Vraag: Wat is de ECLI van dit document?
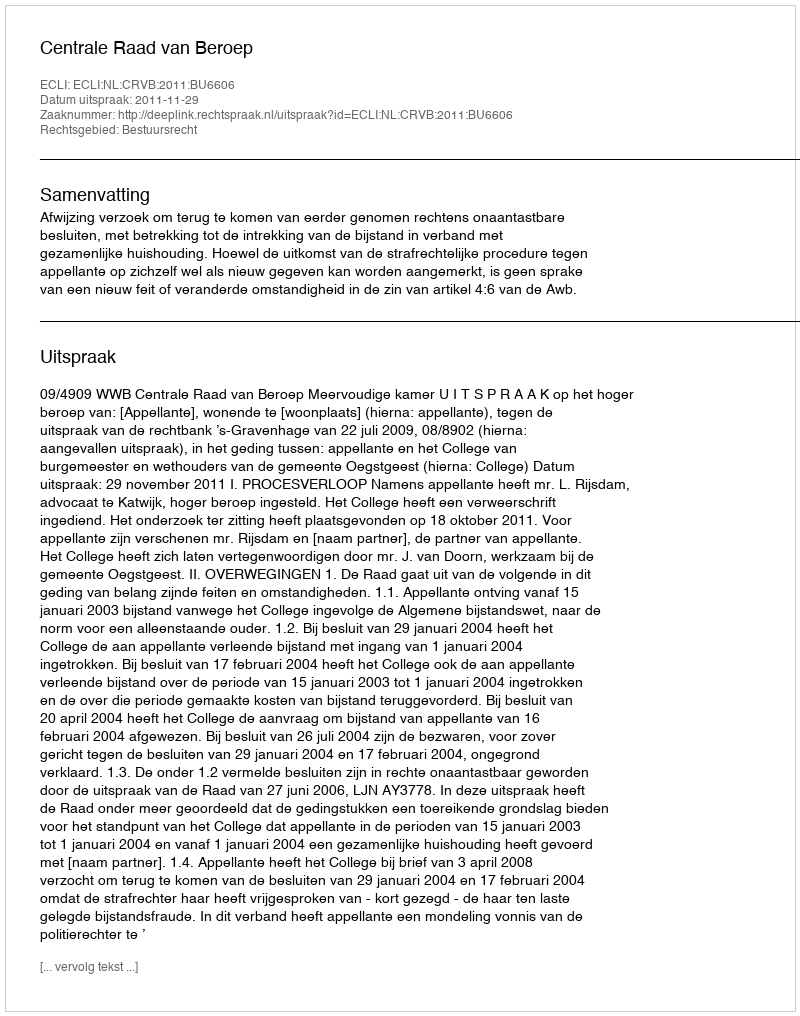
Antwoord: ECLI:NL:CRVB:2011:BU6606